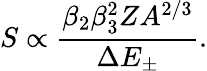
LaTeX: S\propto\frac{\beta_{2}\beta_{3}^{2}ZA^{2/3}}{\Delta E_{\pm}}.